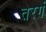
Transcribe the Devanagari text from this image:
तरगं